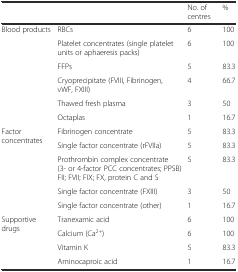
<table><thead><tr><td></td><td></td><td><b>No. of centres</b></td><td><b>%</b></td></tr></thead><tbody><tr><td rowspan="6">Blood products</td><td>RBCs</td><td>6</td><td>100</td></tr><tr><td>Platelet concentrates (single platelet units or aphaeresis packs)</td><td>6</td><td>100</td></tr><tr><td>FFPs</td><td>5</td><td>83.3</td></tr><tr><td>Cryoprecipitate (FVIII, Fibrinogen, vWF, FXIII)</td><td>4</td><td>66.7</td></tr><tr><td>Thawed fresh plasma</td><td>3</td><td>50</td></tr><tr><td>Octaplas</td><td>1</td><td>16.7</td></tr><tr><td rowspan="5">Factor concentrates</td><td>Fibrinogen concentrate</td><td>5</td><td>83.3</td></tr><tr><td>Single factor concentrate (rFVIIa)</td><td>5</td><td>83.3</td></tr><tr><td>Prothrombin complex concentrate (3- or 4-factor PCC concentrates; PPSB) FII; FVII; FIX; FX, protein C and S</td><td>5</td><td>83.3</td></tr><tr><td>Single factor concentrate (FXIII)</td><td>3</td><td>50</td></tr><tr><td>Single factor concentrate (other)</td><td>1</td><td>16.7</td></tr><tr><td rowspan="4">Supportive drugs</td><td>Tranexamic acid</td><td>6</td><td>100</td></tr><tr><td>Calcium (Ca<sup>2+</sup>)</td><td>6</td><td>100</td></tr><tr><td>Vitamin K</td><td>5</td><td>83.3</td></tr><tr><td>Aminocaproic acid</td><td>1</td><td>16.7</td></tr></tbody></table>